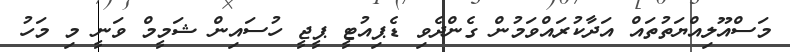
މަސްއޫލިއްޔަތުތައް އަދާކުރައްވަމުން ގެންދެވި ޑެޕިއުޓީ ޕީޖީ ހުސައިން ޝަމީމް ވަނީ މި މަހު